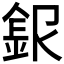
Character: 𲇆